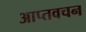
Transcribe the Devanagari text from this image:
आप्तवचन